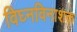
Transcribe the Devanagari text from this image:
विघ्नविनाशक